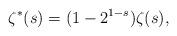
LaTeX: \begin{align*} \zeta^*(s)=(1-2^{1-s})\zeta(s), \end{align*}